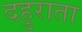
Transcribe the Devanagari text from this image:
दहुराता